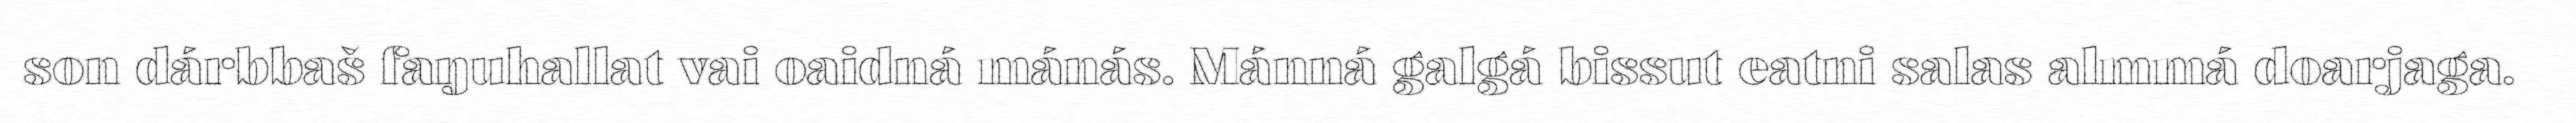
son dárbbaš faŋuhallat vai oaidná mánás. Mánná galgá bissut eatni salas almmá doarjaga.